Leaving Certificate Examination, 1911
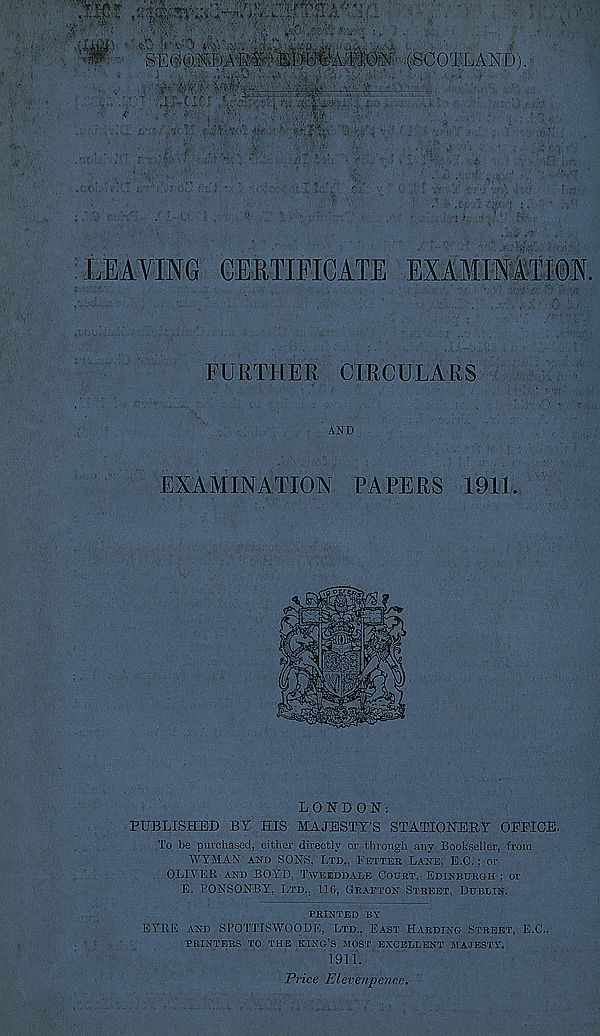
LEAVING CERTIFICATE EXAMINATION.
FURTHER CIRCULARS
AND
EXAMINATION PAPERS 1911.
LONDON:
PUBLISHED BY HIS MAJESTY’S STATIONERY OFFICE.
To be purchased, either directly or through any Bookseller, from
WYMAN and SONS, Ltd., Fetteb Lane, E.C.: or
OLIVER and BOYD, Tweeddale Court, Edihbur«h : or
E. PONSONBY, Ltd., 116, Grafton Street, Dublin.
PRINTED BY
EYRE and SPOTTISWOODE, Ltd., East Harding Street, E.C.,
PRINTERS TO THE KING’S, MOST EXCELLENT MAJESTY.
1911.
Price Elevenpence.